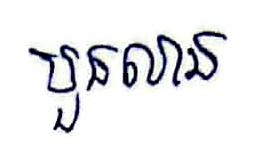
បួនលាន